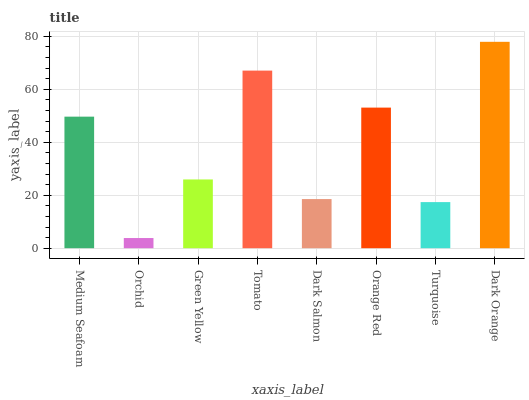
| xaxis_label | bars |
 | --- | --- |
 | Medium Seafoam | 49.7 |
 | Orchid | 3.84 |
 | Green Yellow | 26 |
 | Tomato | 67 |
 | Dark Salmon | 18.6 |
 | Orange Red | 53.1 |
 | Turquoise | 17.4 |
 | Dark Orange | 77.9 |